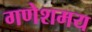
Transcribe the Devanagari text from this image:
गणेशमय